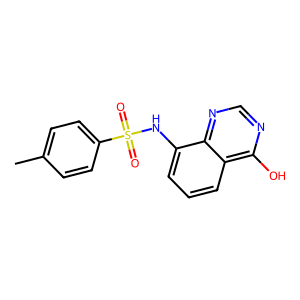
SMILES: Cc1ccc(S(=O)(=O)Nc2cccc3c(O)ncnc23)cc1
Inhibits HIV replication: No